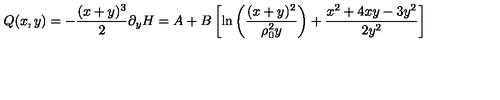
Q ( x , y ) = - { \frac { ( x + y ) ^ { 3 } } { 2 } } \partial _ { y } H = A + B \left[ \mathrm { l n } \left( { \frac { ( x + y ) ^ { 2 } } { \rho _ { 0 } ^ { 2 } y } } \right) + { \frac { x ^ { 2 } + 4 x y - 3 y ^ { 2 } } { 2 y ^ { 2 } } } \right]